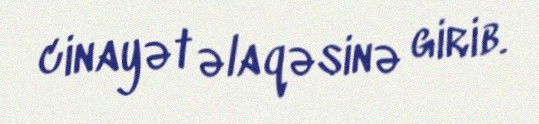
cinayət əlaqəsinə girib.